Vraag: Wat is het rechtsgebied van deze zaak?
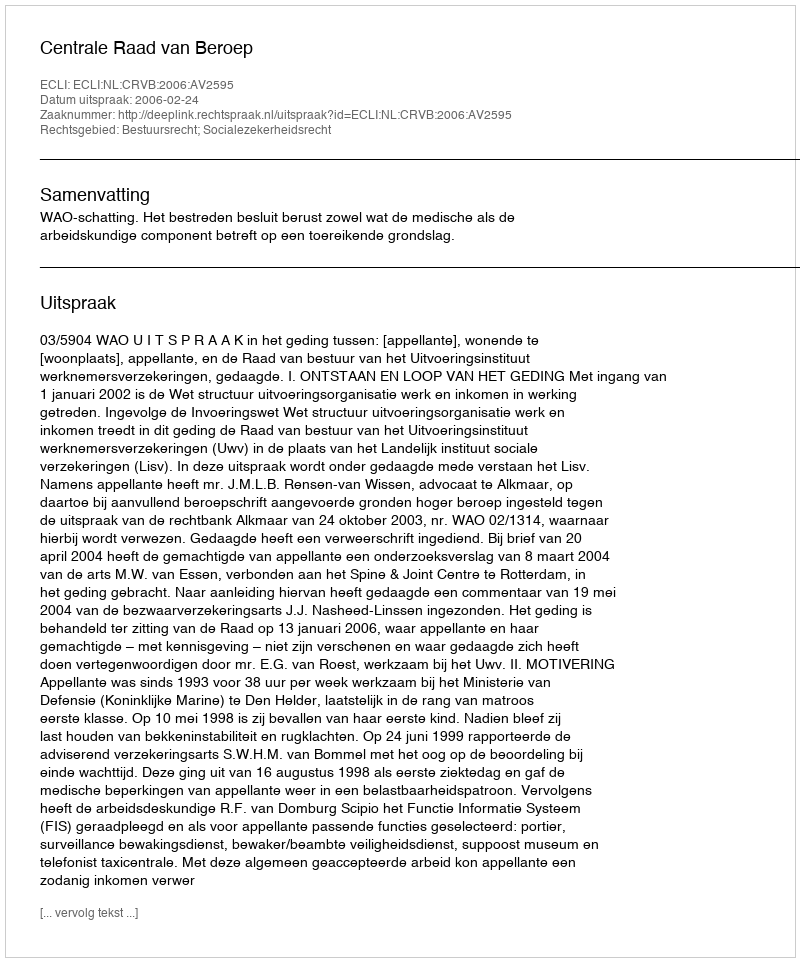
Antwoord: Bestuursrecht; Socialezekerheidsrecht